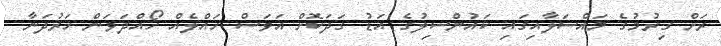
ރަށް ގިރުމުގެ މައްސަލާއިގައި ކައުންސިލުގެ އަޑު ގަދަކޮށް އަވަސް ހައްލެއް ހޯއްދަވަން ހަރުދަނާ